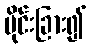
ပိုင်းခြား၍